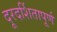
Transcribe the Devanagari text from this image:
दूरदर्शितापूर्ण